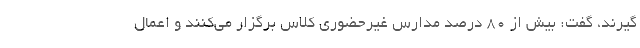
گیرند، گفت: بیش از ۸۰ درصد مدارس غیرحضوری کلاس برگزار می‌کنند و اعمال